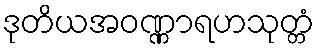
ဒုတိယအဝဏ္ဏာရဟသုတ္တံ